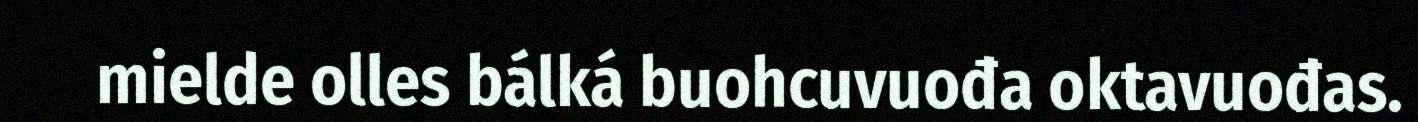
mielde olles bálká buohcuvuođa oktavuođas.